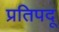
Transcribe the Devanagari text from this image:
प्रतिपदू